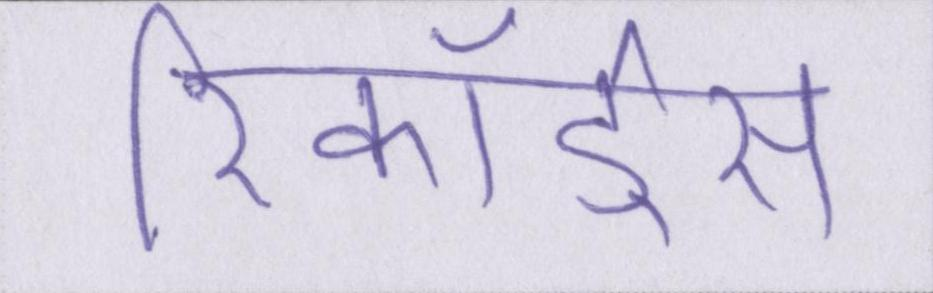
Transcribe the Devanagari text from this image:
रिकॉर्ड्स